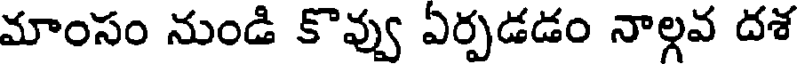
మాంసం నుండి కొవ్వు ఏర్పడడం నాల్గవ దశ